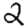
Digit: 2